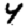
Digit: 4